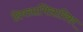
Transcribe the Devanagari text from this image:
दिवसाभिसारिका